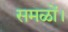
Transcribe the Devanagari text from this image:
समळों।